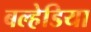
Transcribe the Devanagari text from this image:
बल्हेडिया